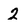
Character: 2